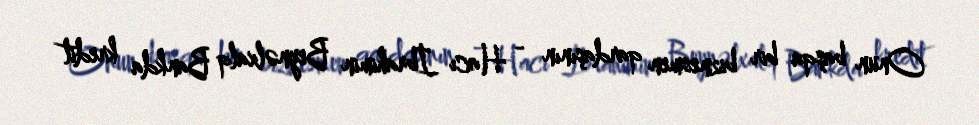
Onun başqa bir biznesmen qardaşının - Hacı İbrahimin Beynəlxalq Bankda kredit